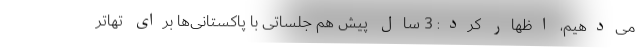
می‌دهیم، اظهار کرد: 3 سال پیش هم جلساتی با پاکستانی‌ها برای تهاتر